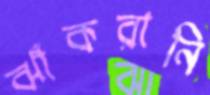
ঝাঁকরানি